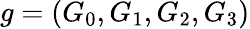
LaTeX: g=(G_{0},G_{1},G_{2},G_{3})